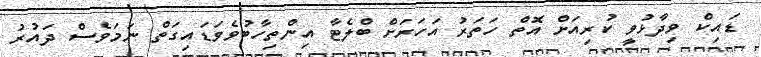
ޑައިކް ވިދާޅުވީ ކުރިއަށް އޮތް ހަތަރު އަހަރަށް ބްލެޓާ އިންތިހާބުވެވަޑައިގަތް ނަމަވެސް ދައުރު